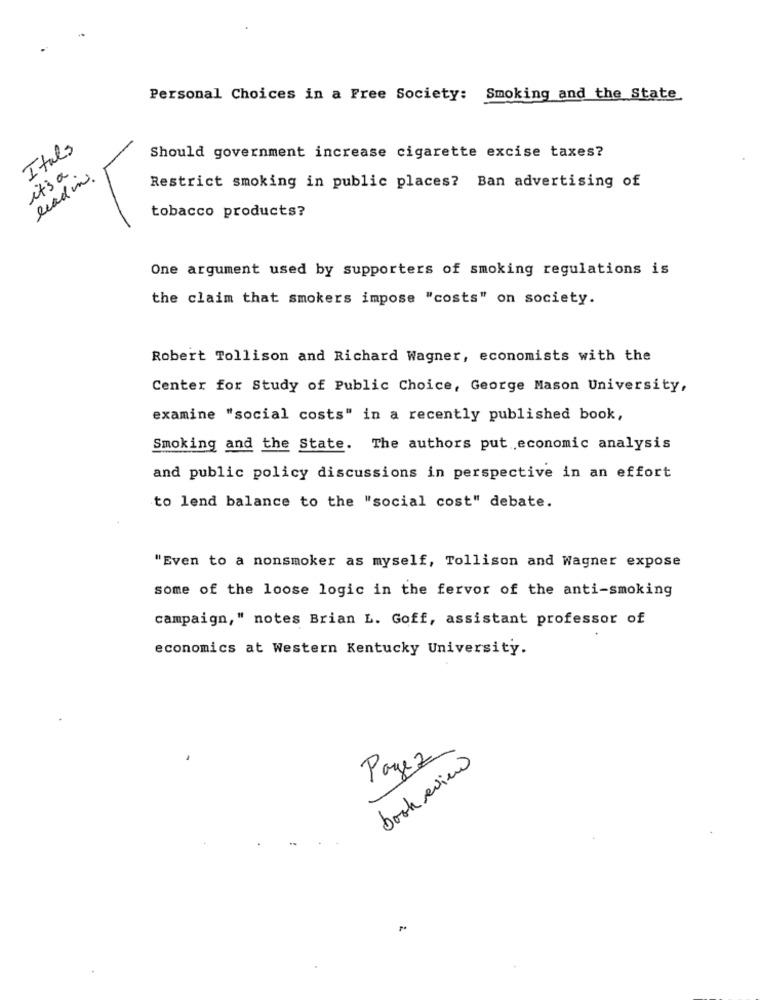
Personal Choices in a Free Society: Smoking and the State
Itals
Should government increase cigarette excise taxes?
it's a
read in.
Restrict smoking in public places? Ban advertising of
tobacco products?
One argument used by supporters of smoking regulations is
the claim that smokers impose "costs" on society.
Robert Tollison and Richard Wagner, economists with the
Center for Study of Public Choice, George Mason University,
examine "social costs" in a recently published book,
Smoking and the State. The authors put economic analysis
and public policy discussions in perspective in an effort
to lend balance to the "social cost" debate.
"Even to a nonsmoker as myself, Tollison and Wagner expose
some of the loose logic in the fervor of the anti-smoking
campaign," notes Brian L. Goff, assistant professor of
economics at Western Kentucky University.
Payez
book review